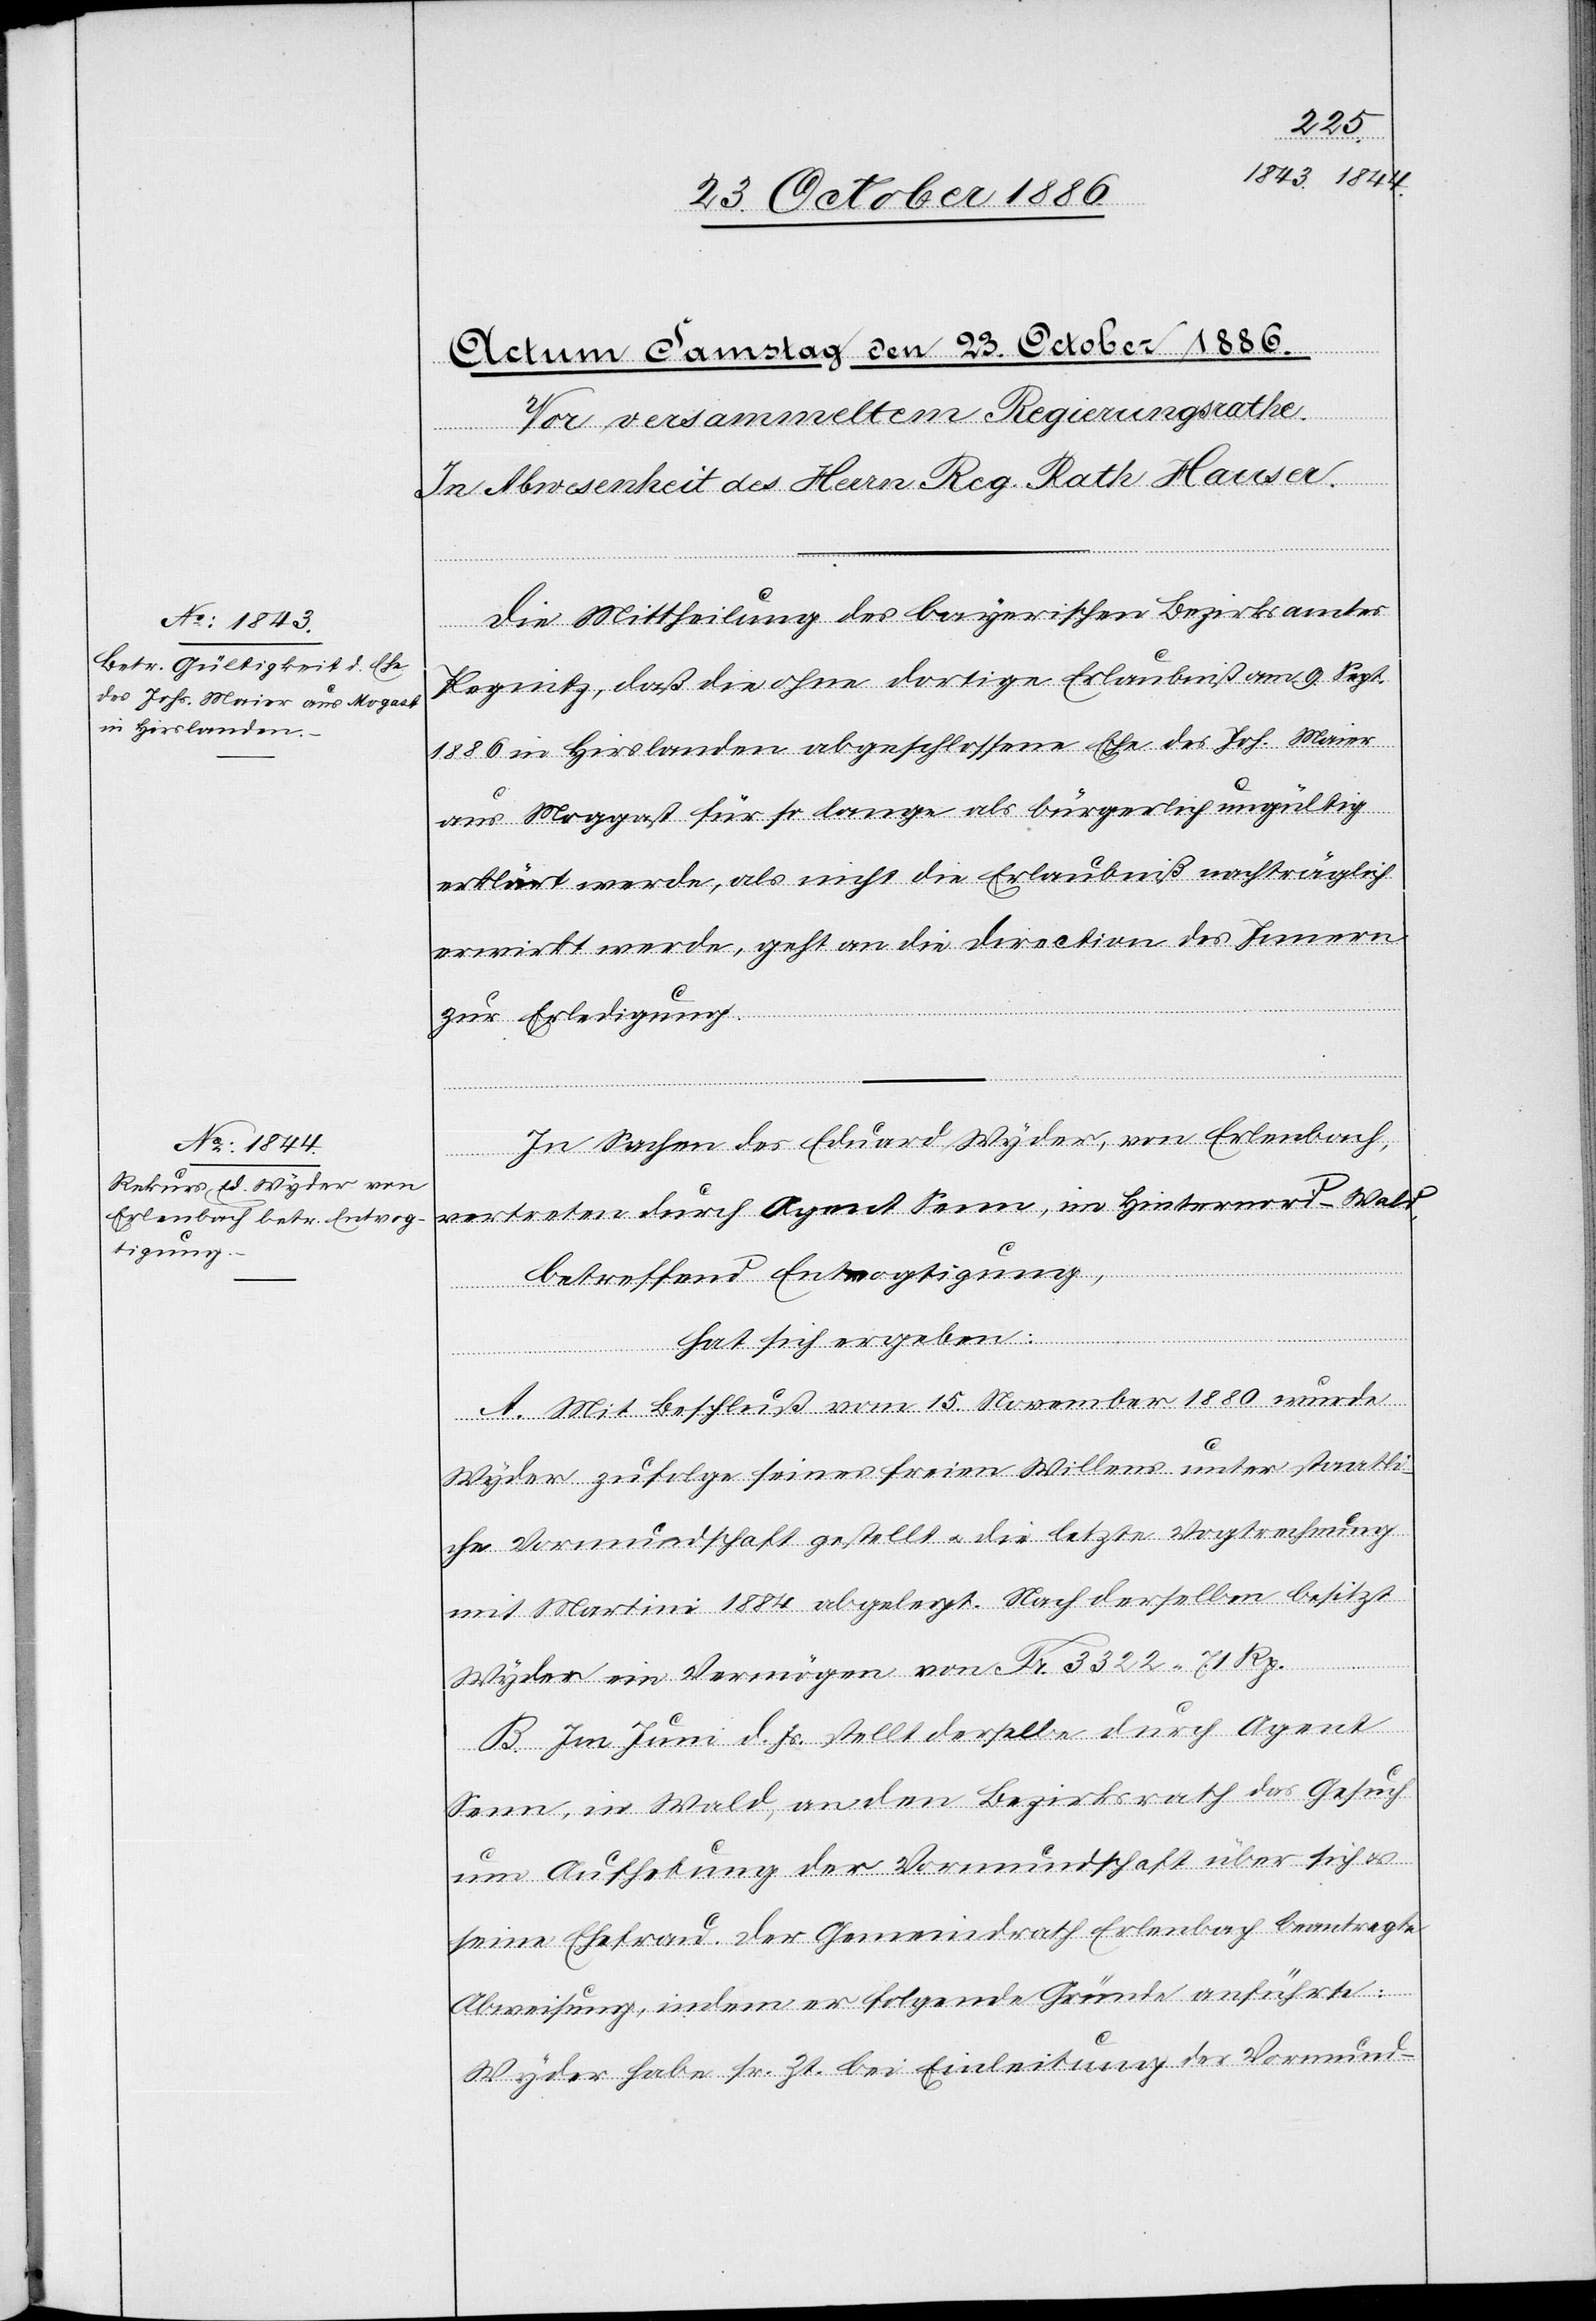
Die Mittheilung des bayerischen Bezirksamtes
Pegnitz, daß die ohne dortige Erlaubniß am 9. Sept.
1886 in Hirslanden abgeschlossene Ehe des Joh. Maier
aus Moggast für so lange als bürgerlich ungültig
erklärt werde, als nicht die Erlaubniß nachträglich
erwirkt werde, geht an die Direction des Innern
zur Erledigung.
In Sachen des Eduard Wyder, von Erlenbach,
vertreten durch Agent Senn, im Hinternord - Wald,
betreffend Entvogtigung,
hat sich ergeben:
A. Mit Beschluß vom 15. November 1880 wurde
Wyder zufolge seines freien Willens unter staatli¬
che Vormundschaft gestellt & die letzte Vogtrechnung
mit Martini 1884 abgelegt. Nach derselben besitzt
Wyder ein Vermögen von Fr. 3322 71 Rp.
B. Im Juni d. Js. stellt derselbe durch Agent
Senn, in Wald, an den Bezirksrath das Gesuch
um Aufhebung der Vormundschaft über sich &
seine Ehefrau. Der Gemeindrath Erlenbach beantragte
Abweisung, indem er folgende Gründe anführte:
Wyder habe sr. Zt. bei Einleitung der Vormund-